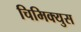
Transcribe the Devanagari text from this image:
चिमिक्युस